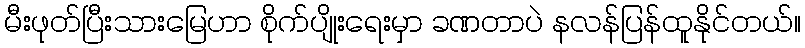
မီးဖုတ်ပြီးသားမြေဟာ စိုက်ပျိုးရေးမှာ ခဏတာပဲ နလန်ပြန်ထူနိုင်တယ်။